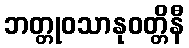
ဘတ္တုဝသာနုဝတ္တိနီ